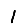
Digit: 1